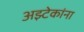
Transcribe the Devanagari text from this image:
अझ्टेकांना